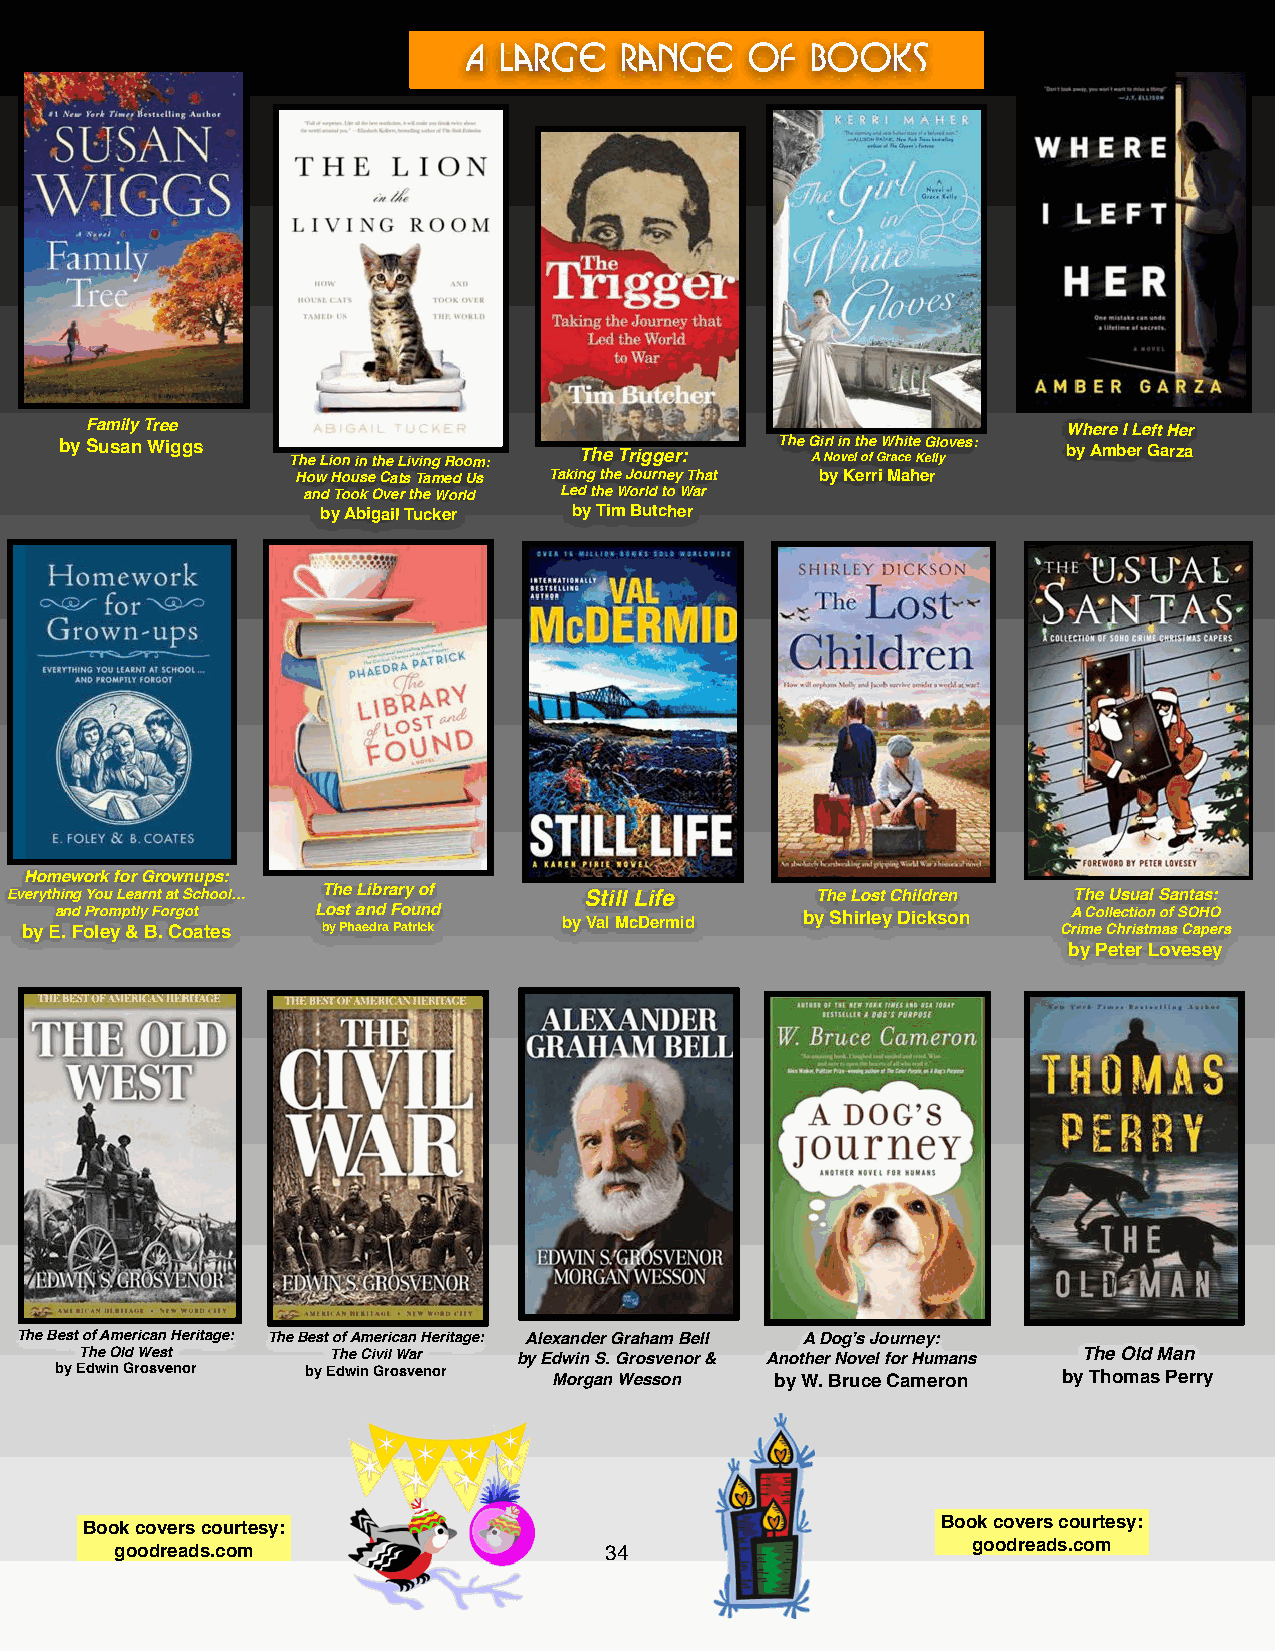
A large   Range    of  Books
 Family Tree                                                      Where I Left Her
 by Susan Wiggs The Lion in the Living Room: The Trigger: The G A i Nrl o i vn e lt h oe f G W rah ci et e K eG lll yoves: by Amber Garza
 How House Cats Tamed Us Taking the Journey That by Kerri Maher
 and Took Over the World Led the World to War
 by Abigail Tucker by Tim Butcher
 Homework for Grownups:
 Everything You Learnt at School… The Library of Still Life The Lost Children The Usual Santas:
 by Ea .n Fd oPr leom y p &tl y B F .o Crg oot ates L bo ys Pt h a aen dd ra F Po atu rin ckd by Val McDermid by Shirley Dickson CA rim C eo l Cle hc rt ii so tn m o af s S CO aH peO r s
 by Peter Lovesey
 The Best of American Heritage: The Best of American Heritage: Alexander Graham Bell A Dog’s Journey:
 The Old West     The Civil War by Edwin S. Grosvenor & Another Novel for Humans The Old Man
 by Edwin Grosvenor by Edwin Grosvenor Morgan Wesson by W. Bruce Cameron by Thomas Perry
 Book covers courtesy:                                    Book covers courtesy:
 goodreads.com                   3434                    goodreads.com